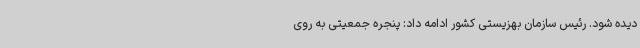
دیده شود. رئیس سازمان بهزیستی کشور ادامه داد: پنجره جمعیتی به روی